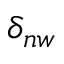
\delta _ { n w }